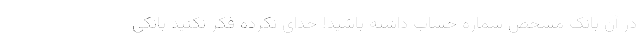
در آن بانک مشخص شماره حساب داشته باشید! خدای نکرده فکر نکنید بانکی